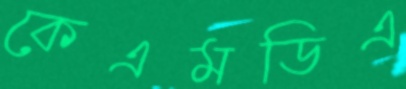
কেএমডিএ